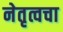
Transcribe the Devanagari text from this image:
नेतृत्वचा